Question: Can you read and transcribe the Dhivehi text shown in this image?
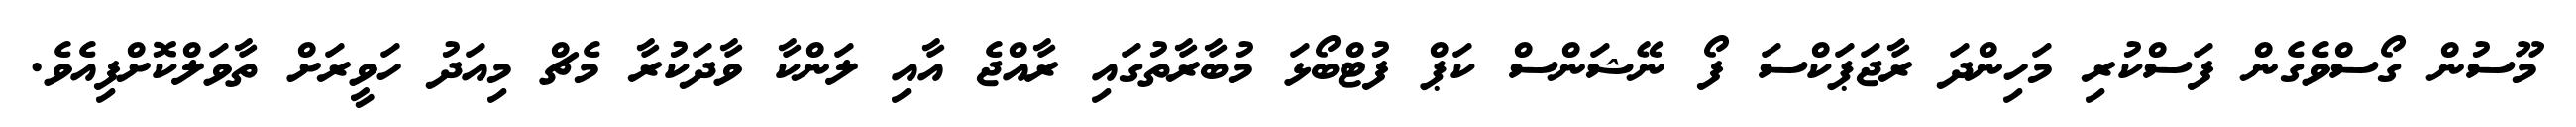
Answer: މޫސުން ގޯސްވެގެން ފަސްކުރި މަހިންދަ ރާޖަޕަކްސަ ފޯ ނޭޝަންސް ކަޕް ފުޓްބޯޅަ މުބާރާތުގައި ރާއްޖެ އާއި ލަންކާ ވާދަކުރާ މެޗް މިއަދު ހަވީރަށް ތާވަލްކޮށްފިއެވެ.